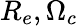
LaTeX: R_{e},\Omega_{c}